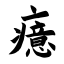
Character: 癔